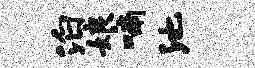
泊娘喃池